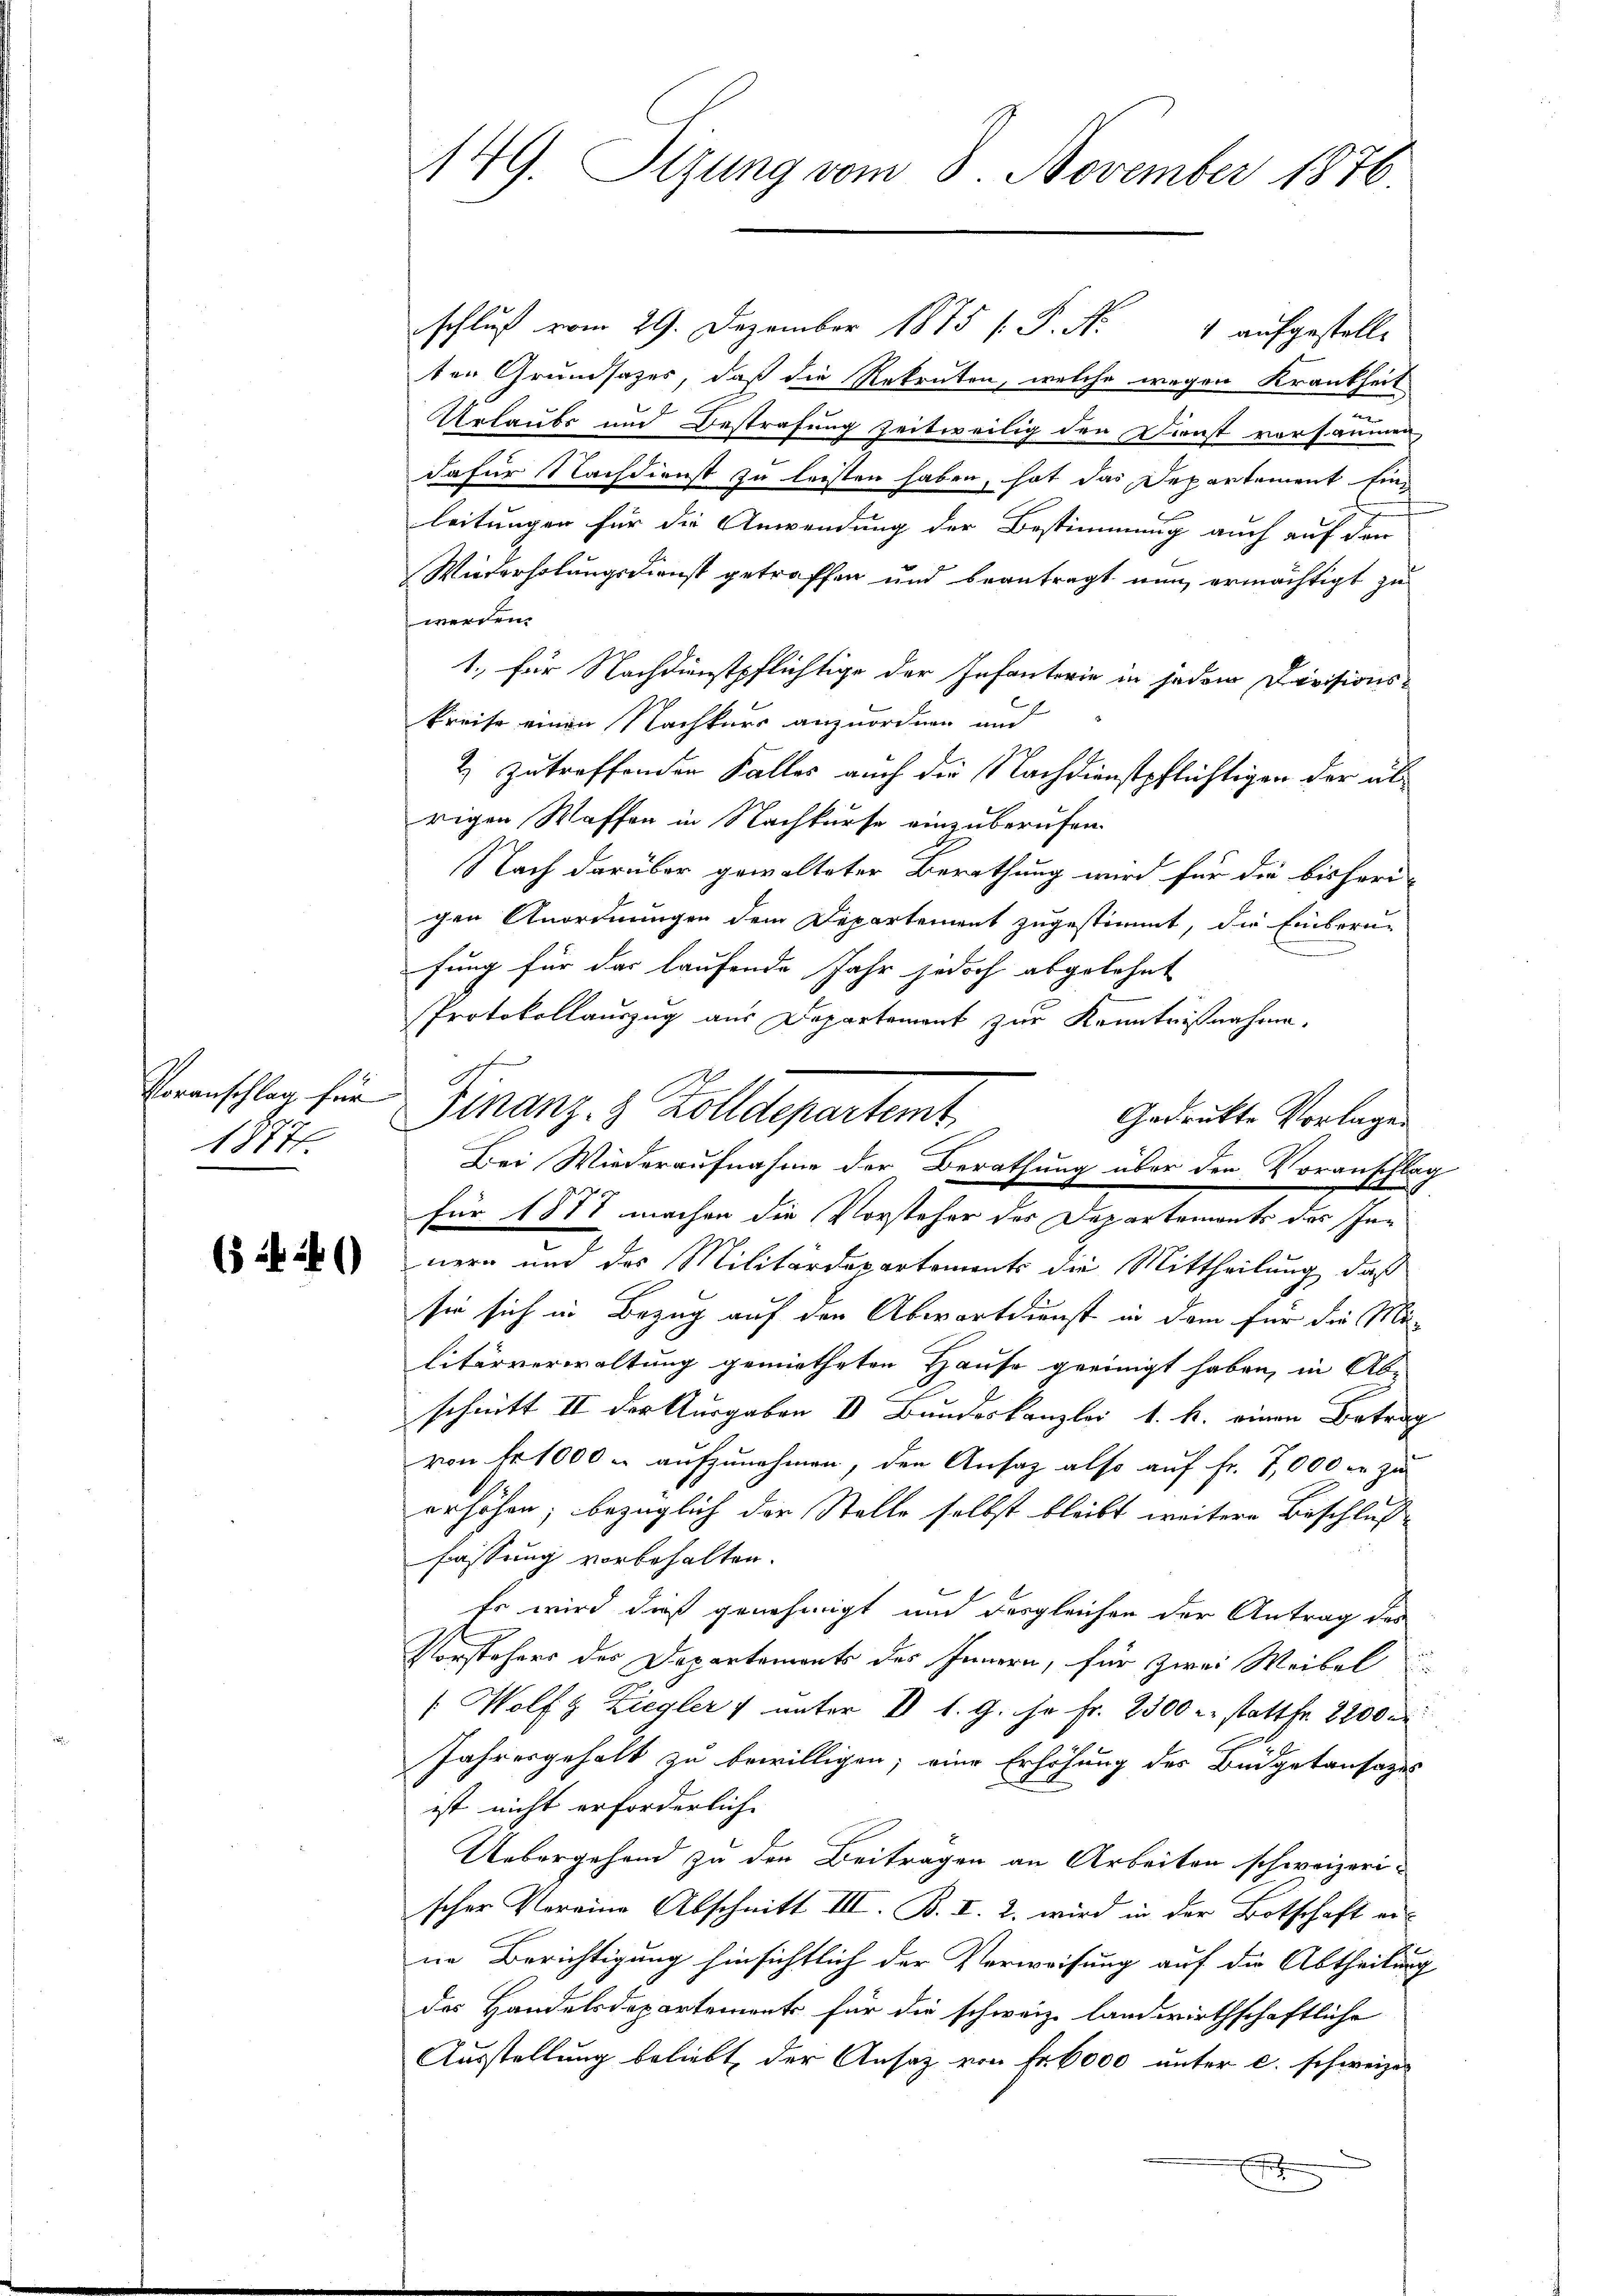
Voranschlag für
1877

(5 f 24

schluß vom 29. Dezember 1875 V. P. Nr. 4 aufgestelle
ten Grundsazes, daß die Rekruten, welche wegen Krankheit
Urlaubs und Bestrafung zeitweilig den Dienst vorsäumen
dafür Nachdienst zu leisten haben, hat das Departement Einleitungen für die Anwendung der Bestimmung auch auf der
Wiederholungsdienst getroffen und beantragt nun ermächtigt zu
werden.
1. für Nachdienstpflichtige der Infanterie in jedem Divisions-
kreise einen Nachkurs anzuordnen und
2 zutreffenden Falles auch die Nachdienstpflichtigen der übrigen Waffen in Nachkurse einzuberufen.
Nach darüber gewalteter Berathung wird für die bisheri-
gen Anordnungen dem Departement zugestimmt, die Einberu-
fung für das laufende Jahr jedoch abgelehnt
Protokollauszug aus Departement zur Kenntnißnahme.
Gedrückte Vorlagen
für 1871 machen die Vorsteher der Departements des Innern und das Militärdepartements die Mittheilung, daß
sie sich in Bezug auf den Abwartdienst in dem für die Militärverwaltung gemietheten Hause geeinigt haben, in Abe
schnitt II der Ausgaben V Bŭndeskanzlei v. h. einen Betrag
von Fr. 1000 - aufzunehmen, den Ansatz also auf Fr. 7,000 er zu
erhöhen; bezüglich der Stelle selbst bleibt weitere Beschluße
fassung vorbehalten.
Es wird dieß genehmigt und desgleichen der Antrag des
Vorstehers der Departements des Innern, für zwei Weibel
[ Wolfg Ziegler & unter I S. G. ja Fr. 2500 u. stattfr. 8200
Jahresgehalt zu bewilligen; eine Erhöhung des Büdgetansazes
ist nicht erforderliche
Uebergehend zu den Beitragen an Arbeiten schweizeri-
scher Vereine Abschnitt III. B. I. 2. wird in der Botschaft er-
ne Berichtigung hinsichtlich der Verweisung auf die Abtheilung
das Handelsdepartement für die schweiz. landwirthschaftliche
Ausstellung beliebt, der Ansatz von Fr. 6000 unter c. schweizer
F

149. Sizung vom 8. November 1876

Finanz- & Zolldepartemt
Bei Wiederaufnahme der Berathung über den Voranschlag